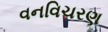
વનવિચરણ